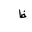
Letter: _za